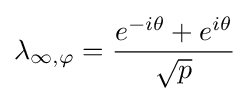
\lambda _{\infty ,\varphi }={\frac {e^{-i\theta }+e^{i\theta }}{\sqrt {p}}}